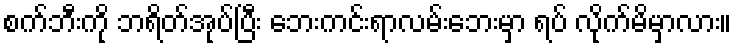
စက်ဘီးကို ဘရိတ်အုပ်ပြီး ဘေးကင်းရာလမ်းဘေးမှာ ရပ် လိုက်မိမှာလား။